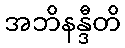
အဘိနန္ဒီတိ